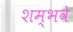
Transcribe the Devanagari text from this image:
शम्भवे